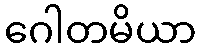
ဂေါတမိယာ